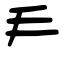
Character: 龵